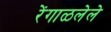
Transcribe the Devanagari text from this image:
रेंगाळलेले